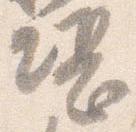
堪